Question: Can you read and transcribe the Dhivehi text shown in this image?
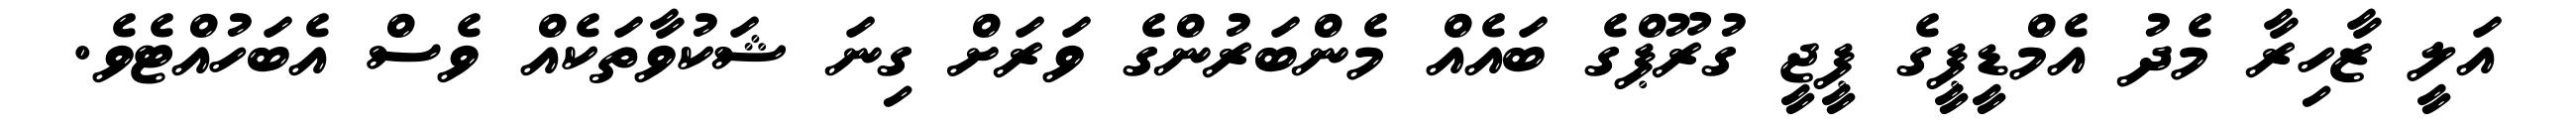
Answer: އަލީ ޒާހިރާ މެދު އެމްޑީޕީގެ ޕީޖީ ގުރޫޕްގެ ބައެއް މެންބަރުންގެ ވަރަށް ގިނަ ޝަކުވާތަކެއް ވެސް އެބަހުއްޓެވެ.